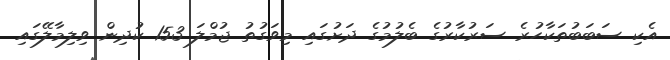
އެކި ސަބަބުތަކާހުރެ ސަރުކާރުގެ ބެލުމުގެ ދަށުގައި މިވަގުތު ޖުމްލަ 153 ކުދިން ވިލިމާލޭގައި